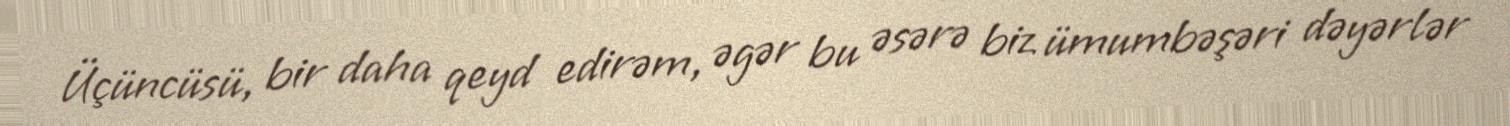
Üçüncüsü, bir daha qeyd edirəm, əgər bu əsərə biz ümumbəşəri dəyərlər